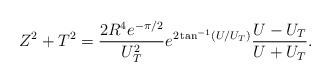
\begin{align*}Z^2+T^2=\frac{2R^4 e^{-\pi/2}}{U_T^2}e^{2\tan^{-1}(U/U_T)}\frac{U-U_T}{U+U_T}.\end{align*}